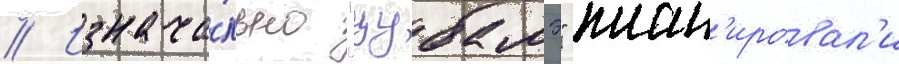
// Изнача́льно "цубамэ" план'ировал'и